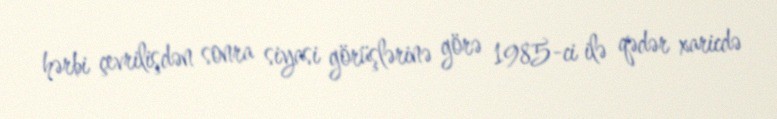
hərbi çevrilişdən sonra siyasi görüşlərinə görə 1985-ci ilə qədər xaricdə